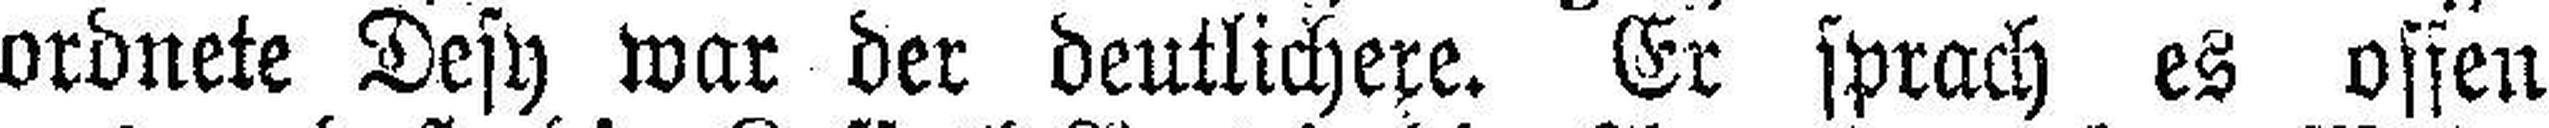
ordnete Desy war der deutlichere. Er sprach es offen